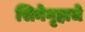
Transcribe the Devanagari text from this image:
सिनेगृहाचे